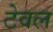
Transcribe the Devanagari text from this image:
टेवल